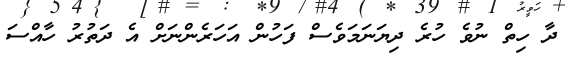
ދާ ހިތް ނުވެ ހުރެ ދިޔަނަމަވެސް ފަހުން އަހަރެންނަށް އެ ދަތުރު ހާއްސަ